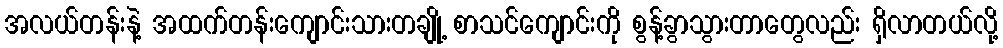
အလယ်တန်းနဲ့ အထက်တန်းကျောင်းသားတချို့ စာသင်ကျောင်းကို စွန့်ခွာသွားတာတွေလည်း ရှိလာတယ်လို့